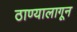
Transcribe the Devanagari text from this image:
ठाण्यालागून